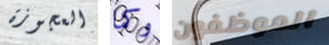
العجوزة وكما الموظفون